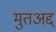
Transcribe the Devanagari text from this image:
मुतअद्द